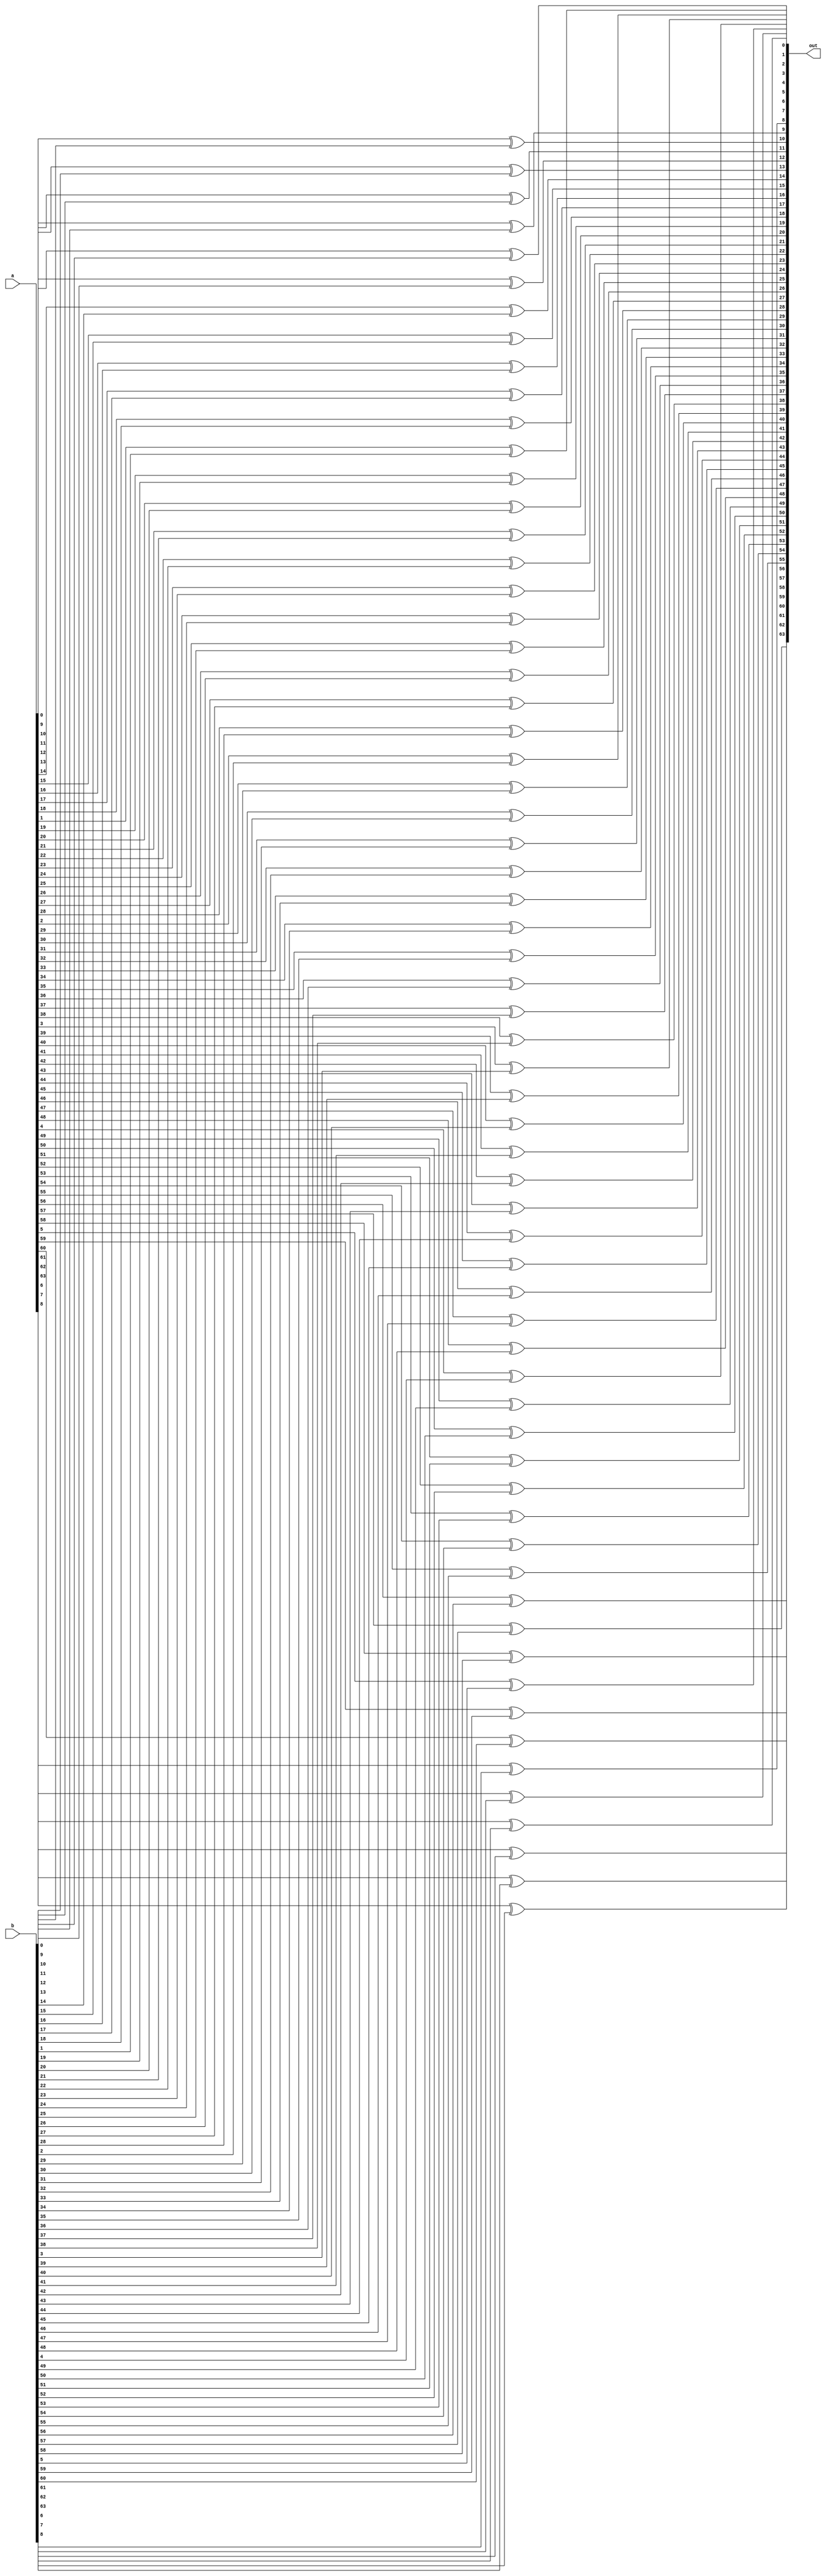
`timescale 1ns/ 1ps

module xor32( a, b, out);
input [63:0]  a;
input [63:0] b;
output [63:0] out;
genvar i;

for ( i=0;i<64;i = i+1)
begin
	xor(out[i],a[i],b[i]);
end
endmodule